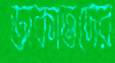
ডাকাতদের